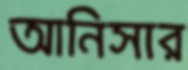
আনিসার